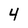
Character: 4